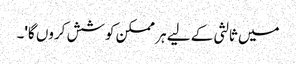
میں ثالثی کے لیے ہر ممکن کوشش کروں گا'۔